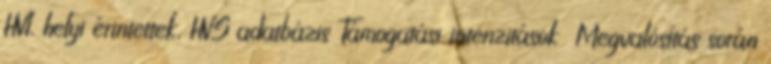
HVI, helyi érintettek, HVS adatbázis Támogatási intenzitások ▪Megvalósítás során